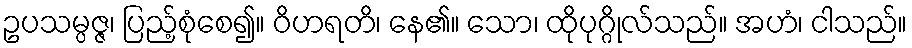
ဥပသမ္ပဇ္ဇ၊ ပြည့်စုံစေ၍။ ဝိဟရတိ၊ နေ၏။ သော၊ ထိုပုဂ္ဂိုလ်သည်။ အဟံ၊ ငါသည်။